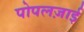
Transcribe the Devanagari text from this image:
पोपलज़ाई